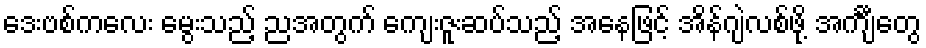
ဒေးဗစ်ကလေး မွေးသည့် ညအတွက် ကျေးဇူးဆပ်သည့် အနေဖြင့် အိန်ဂျဲလစ်ဖို့ အင်္ကျီတွေ